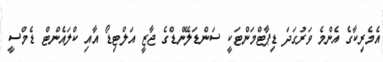
އެމެރިކާގެ އެންމެ ވަރުގަދަ ޑިޕާޓްމަންޓަކީ ސަންޑަލޭންޑްގެ ޖާޒީ އަލްޓިޑޯ އާއި ކްލައެންޓް ޑެމްސީ